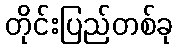
တိုင်းပြည်တစ်ခု